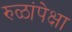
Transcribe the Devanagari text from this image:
रुळांपेक्षा